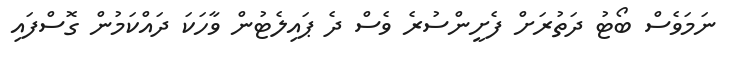
ނަމަވެސް ބޯޓު ދަތުރަށް ފެށީންސުރެ ވެސް ދެ ޕައިލެޓުން ވާހަކަ ދައްކަމުން ގޮސްފައި